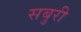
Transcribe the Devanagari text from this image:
सबुरी